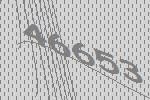
46653